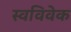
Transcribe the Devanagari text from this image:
स्‍वविवेक